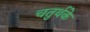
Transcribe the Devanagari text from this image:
चतुर्थके